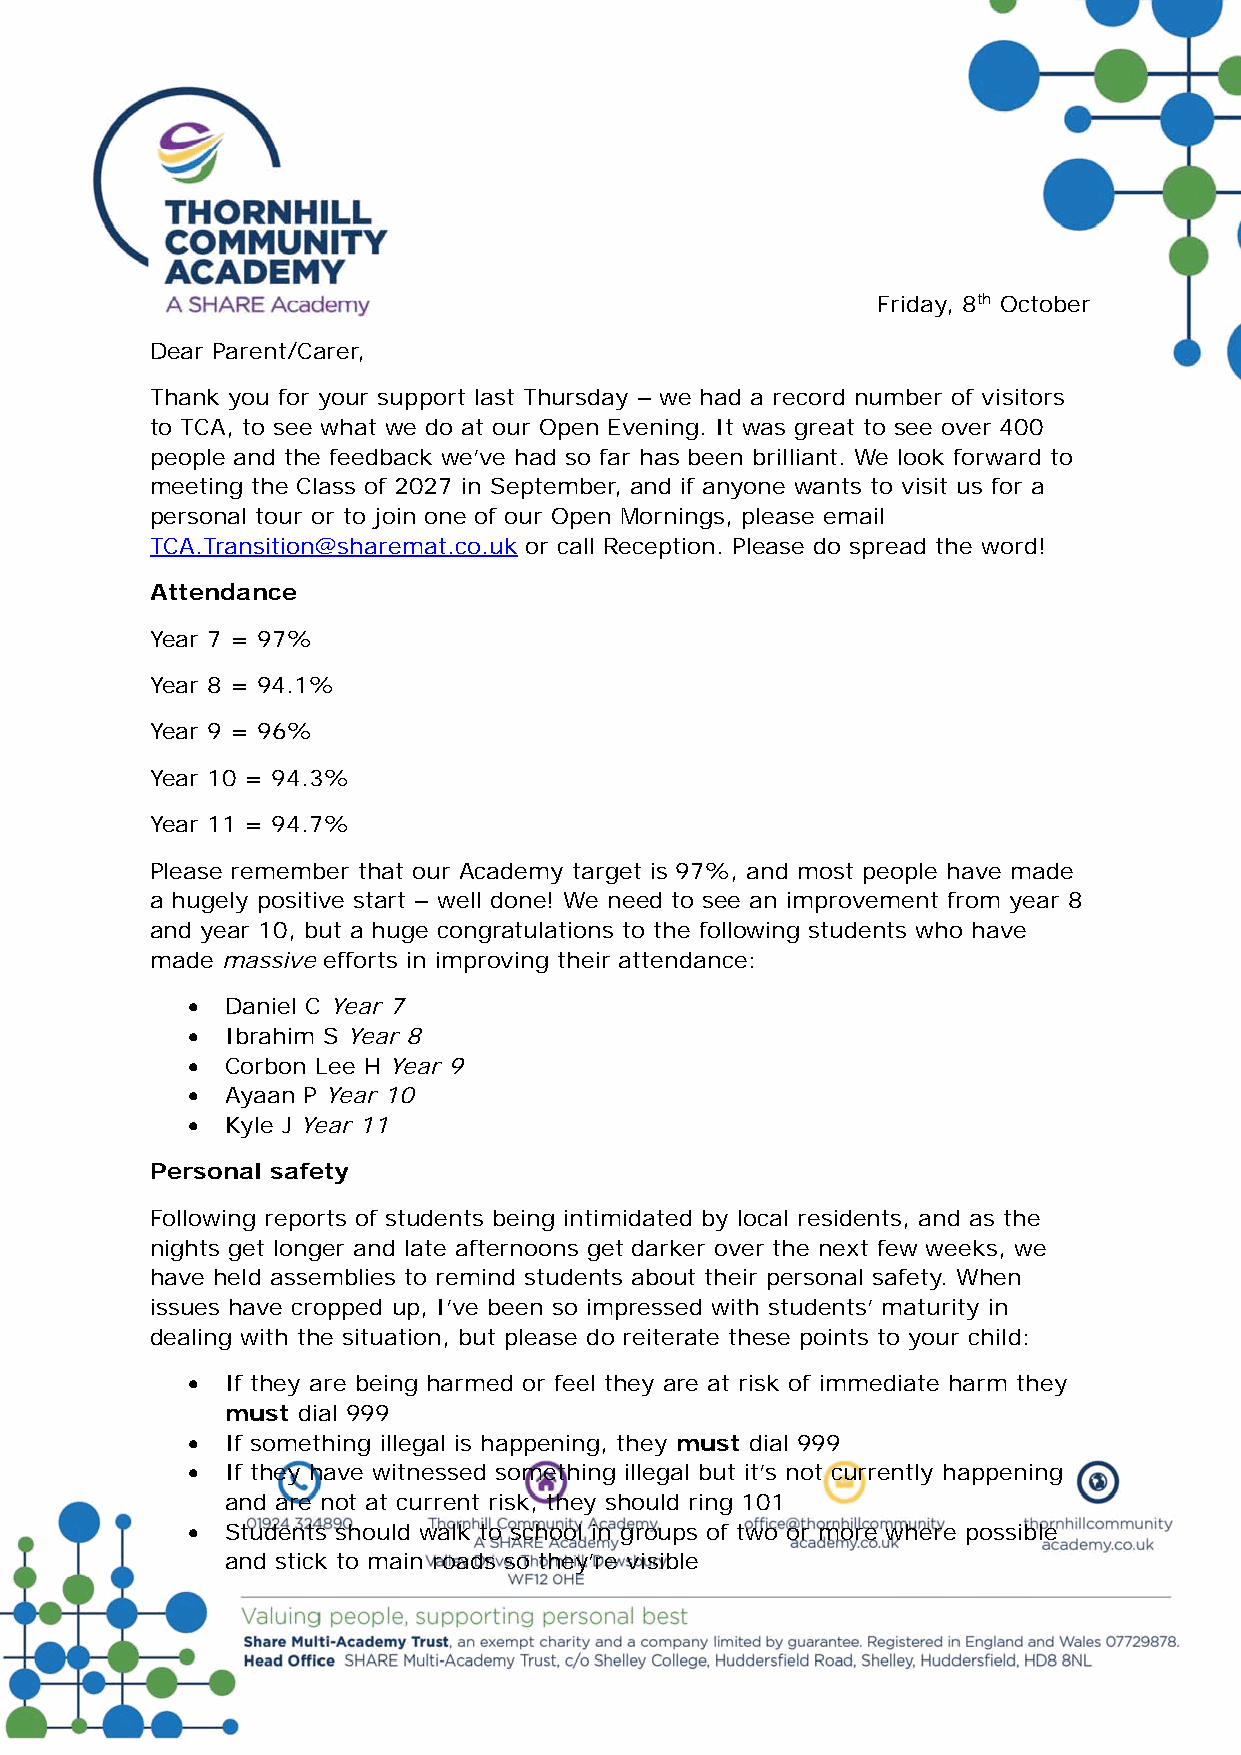
Friday, 8th October
 Dear Parent/Carer,
 Thank you for your support last Thursday – we had a record number of visitors
 to TCA, to see what we do at our Open Evening. It was great to see over 400
 people and the feedback we’ve had so far has been brilliant. We look forward to
 meeting the Class of 2027 in September, and if anyone wants to visit us for a
 personal tour or to join one of our Open Mornings, please email
 TCA.Transition@sharemat.co.uk or call Reception. Please do spread the word!
 Attendance
 Year 7 = 97%
 Year 8 = 94.1%
 Year 9 = 96%
 Year 10 = 94.3%
 Year 11 = 94.7%
 Please remember that our Academy target is 97%, and most people have made
 a hugely positive start – well done! We need to see an improvement from year 8
 and year 10, but a huge congratulations to the following students who have
 made massive efforts in improving their attendance:
   Daniel C Year 7
   Ibrahim S Year 8
   Corbon Lee H Year 9
   Ayaan P Year 10
   Kyle J Year 11
 Personal safety
 Following reports of students being intimidated by local residents, and as the
 nights get longer and late afternoons get darker over the next few weeks, we
 have held assemblies to remind students about their personal safety. When
 issues have cropped up, I’ve been so impressed with students’ maturity in
 dealing with the situation, but please do reiterate these points to your child:
   If they are being harmed or feel they are at risk of immediate harm they
 must dial 999
   If something illegal is happening, they must dial 999
   If they have witnessed something illegal but it’s not currently happening
 and are not at current risk, they should ring 101
   Students should walk to school in groups of two or more where possible
 and stick to main roads so they’re visible